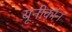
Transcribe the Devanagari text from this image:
यूनीकॉन